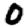
Digit: 0